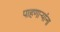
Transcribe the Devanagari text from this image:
पाहणाऱ्यांना